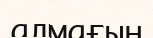
алмағын